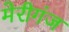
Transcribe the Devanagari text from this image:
मेरीगंज